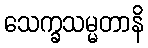
သေက္ခသမ္မတာနိ